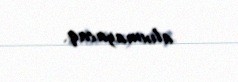
alınmayacaq.